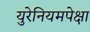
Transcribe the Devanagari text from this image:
युरेनियमपेक्षा